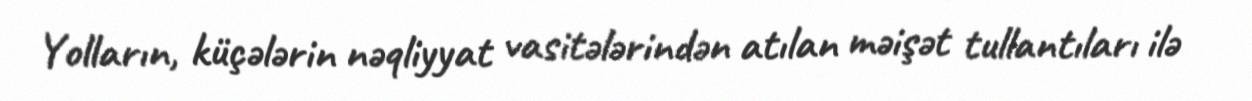
Yolların, küçələrin nəqliyyat vasitələrindən atılan məişət tullantıları ilə